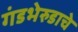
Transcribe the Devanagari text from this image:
गंडभेरुडाचे